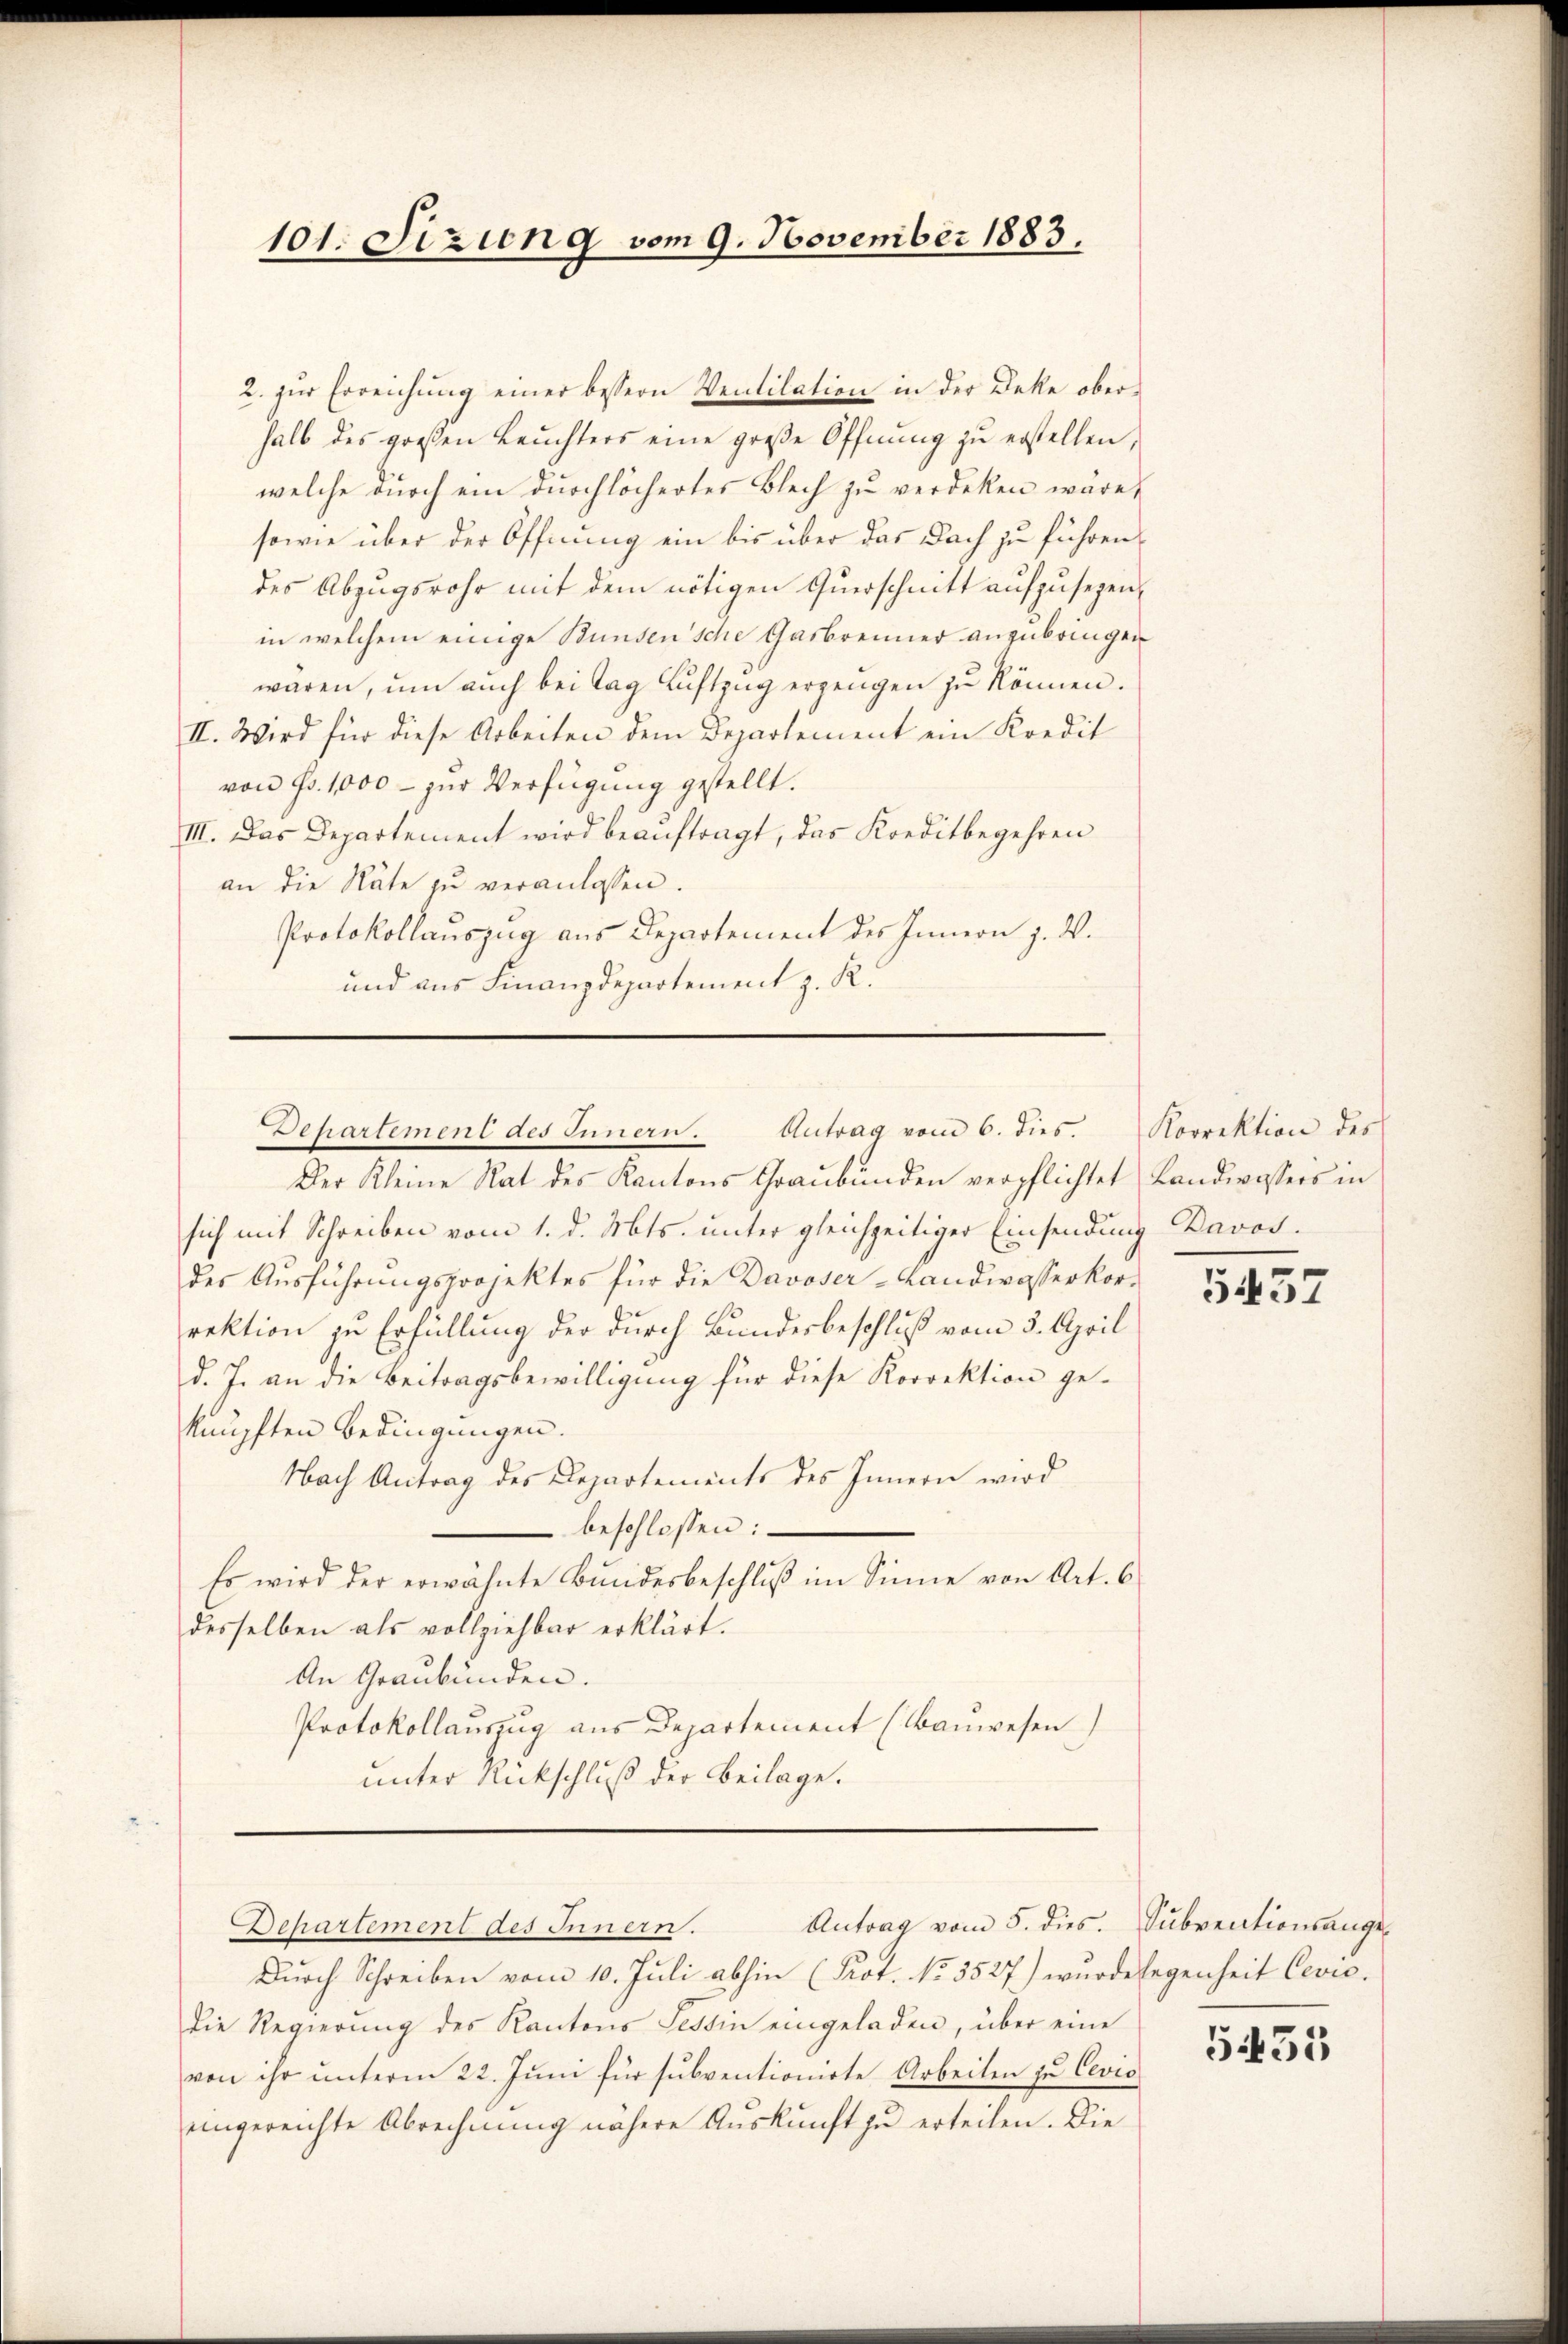
101. Sizung vom 9. November 1883.

2. zur Erreichung einer bessern Ventilation in der Deke oberhalb des großen Leŭchters eine groβe Öffnung zŭ erstellen,
welche durch ein durchlöchertes Blech zu verdeken wäre,
sowie über der Öffnung ein bis über das Doch zu führen,
des Abzugsrohr mit dem nötigen Querschnitt aufzusehen,
in welchem einige Bundensche Gasbrenner anzubringen
waren, um auch bei Tag Luftzug erzeugen zu können.
II. Wird für diese Arbeiten dem Departement ein Kredit
von Fr. 1000 - zur Verfügung gestellt.
III. Das Departement wird beauftragt, das Kreditbegehren
an die Räte zŭ veranlassen.
Protokollauszug aus Departement des Innern z. W.
und aus Finanzdepartement z. R.
Departement des Innern. Antrag vom 6. dies.
Der Kleine Rat des Kantons Graubünden verpflichtet Landwassers in
sich mit Schreiben vom 1. d. Mts. unter gleichzeitiger Einsendung Davos.
des Ausführungsprojektes für die Davoser-Landwasserkorrektion zu Erfüllung der durch Bundesbeschluß vom 3. April
d. J. an die Beitragsbewilligung für diese Korrektion geknüpften Bedingungen.
Nach Antrag des Departements des Innern wird
beschlossen:
Es wird der erwähnte Bundesbeschluß im Sinne von Art. 6
desselben als vollziehbar erklärt.
An Graubünden.
Protokollauszug aus Departement (lanwesen
unter Rückschluß der Beilage.

Durch Schreiben vom 10. Juli abhin (Kot. No. 3527) wurde legenheit Cevic.
die Regierung des Kantons Tessin eingeladen, über eine
von ihr unterm 22. Juni für subventionirte Arbeiten zu Cevio
eingereichte Abrechnung nähere Auskunft zu erteilen. Die

Antrag vom 5. dies. Subventionsange¬
Departement des Innern.

Korrektion des

5437

5455